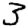
Digit: 3